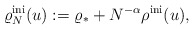
\begin{align*}\varrho_N^{\rm ini} (u):= \varrho_* + N^{-\alpha} \rho^{\rm ini} (u),\end{align*}